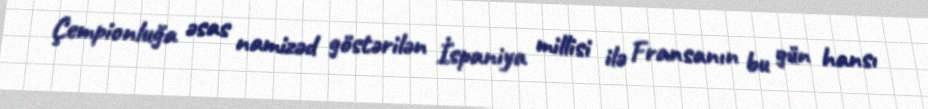
Çempionluğa əsas namizəd göstərilən İspaniya millisi ilə Fransanın bu gün hansı